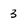
Character: 3